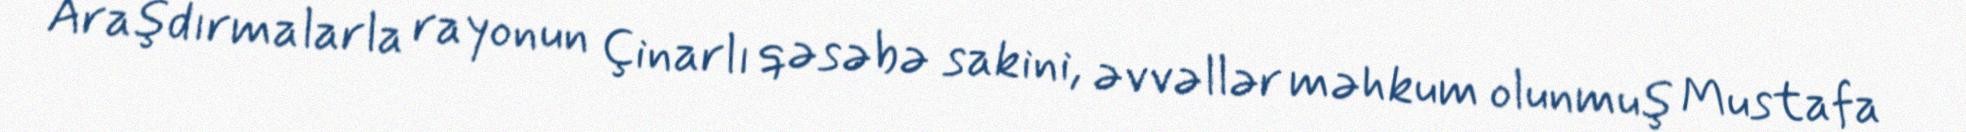
Araşdırmalarla rayonun Çinarlı qəsəbə sakini, əvvəllər məhkum olunmuş Mustafa